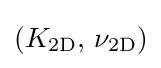
(K_{\mathrm {2D} },\,\nu _{\mathrm {2D} })